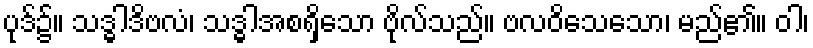
ပုဒ်၌။ သဒ္ဓါဒိဗလံ၊ သဒ္ဓါအစရှိသော ဗိုလ်သည်။ ဗလဝိသေသော၊ မည်၏။ ဝါ၊